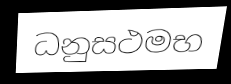
ධනුසථමභ